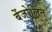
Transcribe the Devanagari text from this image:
बेंजोलिन